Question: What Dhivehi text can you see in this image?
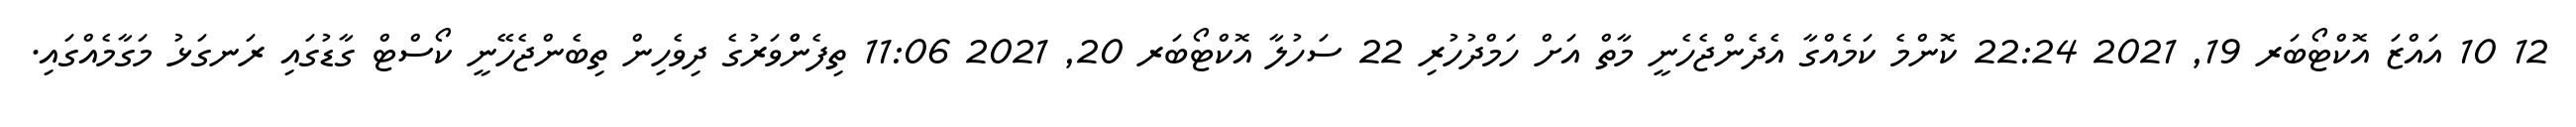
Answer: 12 10 އައްޒަ އޮކްޓޯބަރ 19, 2021 22:24 ކޮންމެ ކަމެއްގާ އެދެންޖެހެނީ މާތް އަށް ހަމްދުހުރި 22 ސަހުލާ އޮކްޓޯބަރ 20, 2021 11:06 ތިފެންްވަރުގެ ދިވެހިން ތިބެންޖެހޭނީ ކޯސްޓް ގާޑުގައި ރަނގަޅު މަގާމެއްގައި.